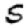
Digit: 5